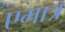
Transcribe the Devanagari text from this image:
एमात्र